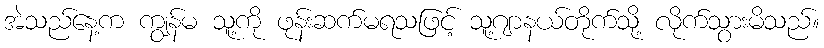
အဲသည်နေ့က ကျွန်မ သူ့ကို ဖုန်းဆက်မရသဖြင့် သူ့ဂျာနယ်တိုက်သို့ လိုက်သွားမိသည်။